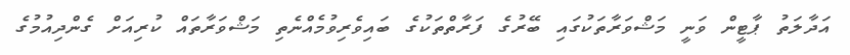
އަދާލަތު ޕާޓީން ވަނީ މަޝްވަރާތަކުގައި ބޭރުގެ ފަރާތްތަކުގެ ބައިވެރިވުމެއްނެތި މަޝްވަރާތައް ކުރިއަށް ގެންދިއުމުގެ